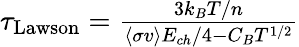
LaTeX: \begin{array}{r}{\tau_{\mathrm{Lawson}}=\frac{3k_{B}T/n}{\left\langle\sigma v\right\rangle E_{ch}/4-C_{B}T^{1/2}}}\end{array}